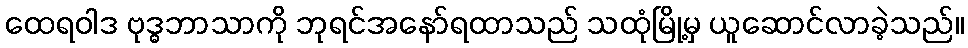
ထေရဝါဒ ဗုဒ္ဓဘာသာကို ဘုရင်အနော်ရထာသည် သထုံမြို့မှ ယူဆောင်လာခဲ့သည်။